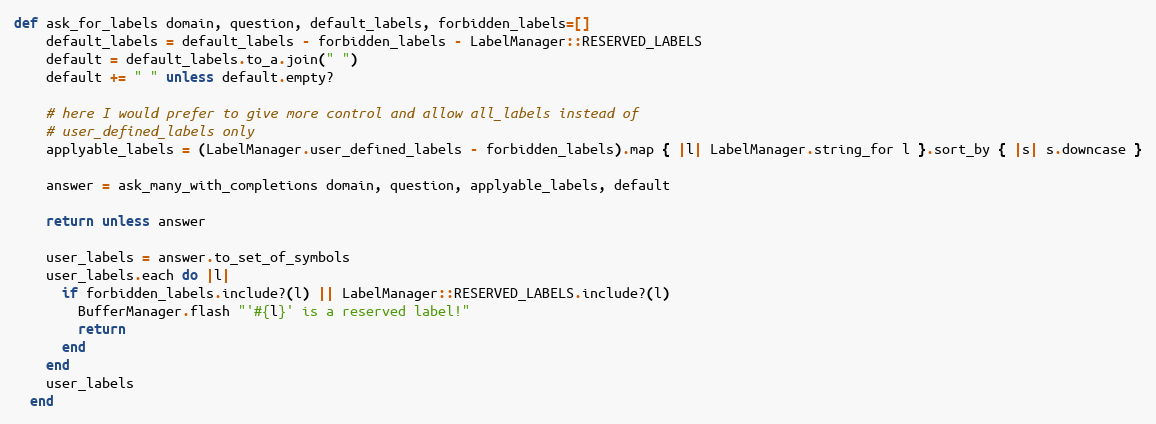
Language: Ruby
def ask_for_labels domain, question, default_labels, forbidden_labels=[]
    default_labels = default_labels - forbidden_labels - LabelManager::RESERVED_LABELS
    default = default_labels.to_a.join(" ")
    default += " " unless default.empty?

    # here I would prefer to give more control and allow all_labels instead of
    # user_defined_labels only
    applyable_labels = (LabelManager.user_defined_labels - forbidden_labels).map { |l| LabelManager.string_for l }.sort_by { |s| s.downcase }

    answer = ask_many_with_completions domain, question, applyable_labels, default

    return unless answer

    user_labels = answer.to_set_of_symbols
    user_labels.each do |l|
      if forbidden_labels.include?(l) || LabelManager::RESERVED_LABELS.include?(l)
        BufferManager.flash "'#{l}' is a reserved label!"
        return
      end
    end
    user_labels
  end